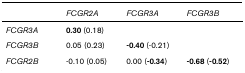
|  | FCGR2A | FCGR3A | FCGR3B |
 | --- | --- | --- | --- |
 | FCGR3A | 0.30 (0.18) |  |  |
 | FCGR3B | 0.05 (0.23) | -0.40 (-0.21) |  |
 | FCGR2B | -0.10 (0.05) | 0.00 (-0.34) | -0.68 (-0.52) |